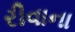
રીવાના